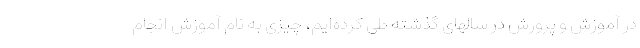
در آموزش و پرورش در سالهای گذشته طی کرده‌‌ایم، چیزی به نام آموزش انجام